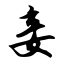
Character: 妾